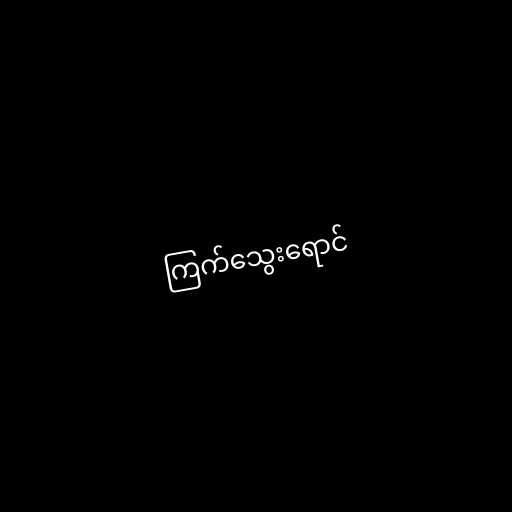
ကြက်သွေးရောင်